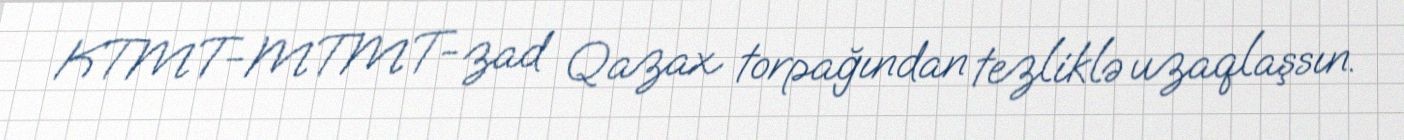
KTMT-MTMT-zad Qazax torpağından tezliklə uzaqlaşsın.